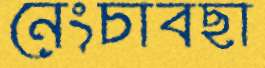
নেংচাবছা